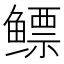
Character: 鳔